Tartu_pedagoogiumi_aruanded, lk 7
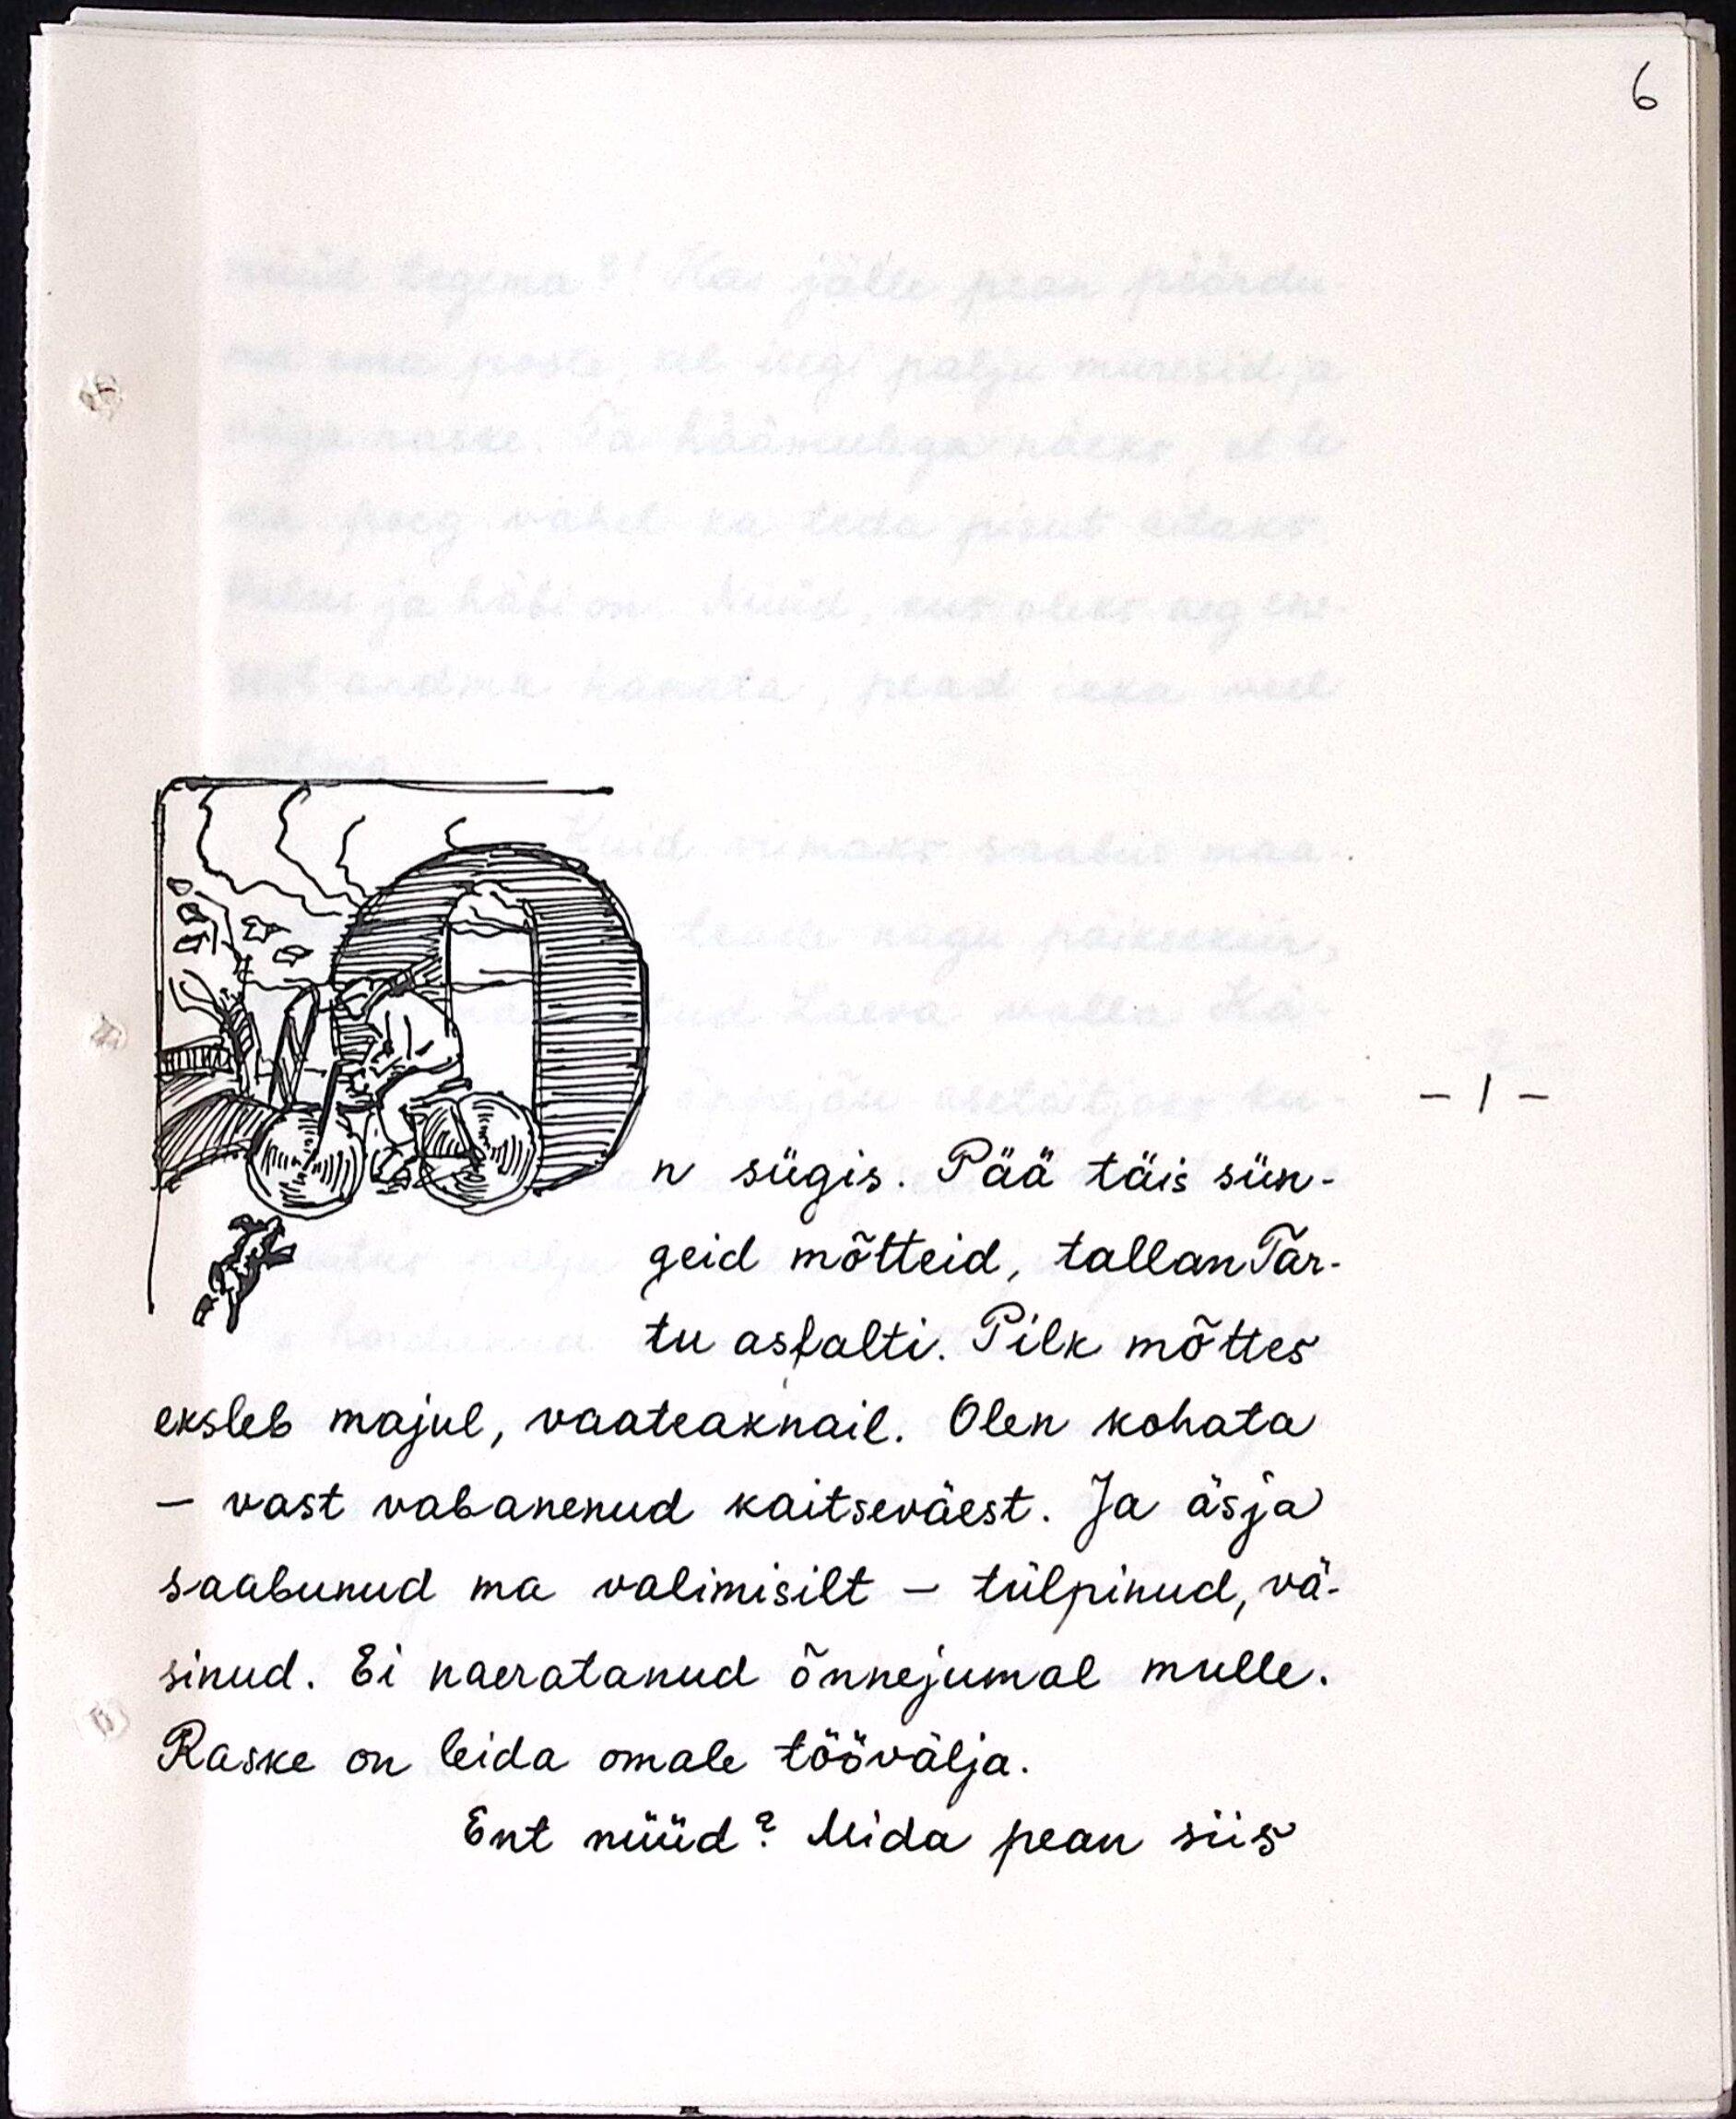
n sügis. Pää täis sün-
geid mõtteid, tallan Tar-
tu asfalti. Pilk mõttes
eksleb majul, vaateaknail. Olen kohata
- vast vabanenud kaitseväest. Ja äsja
saabunud ma valimisilt - tülpinud, vä-
sinud. Ei naeratanud õnnejumal mulle.
Raske on leida omale töövälja.
Ent nüüd? Mida pean siis